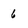
Character: 6